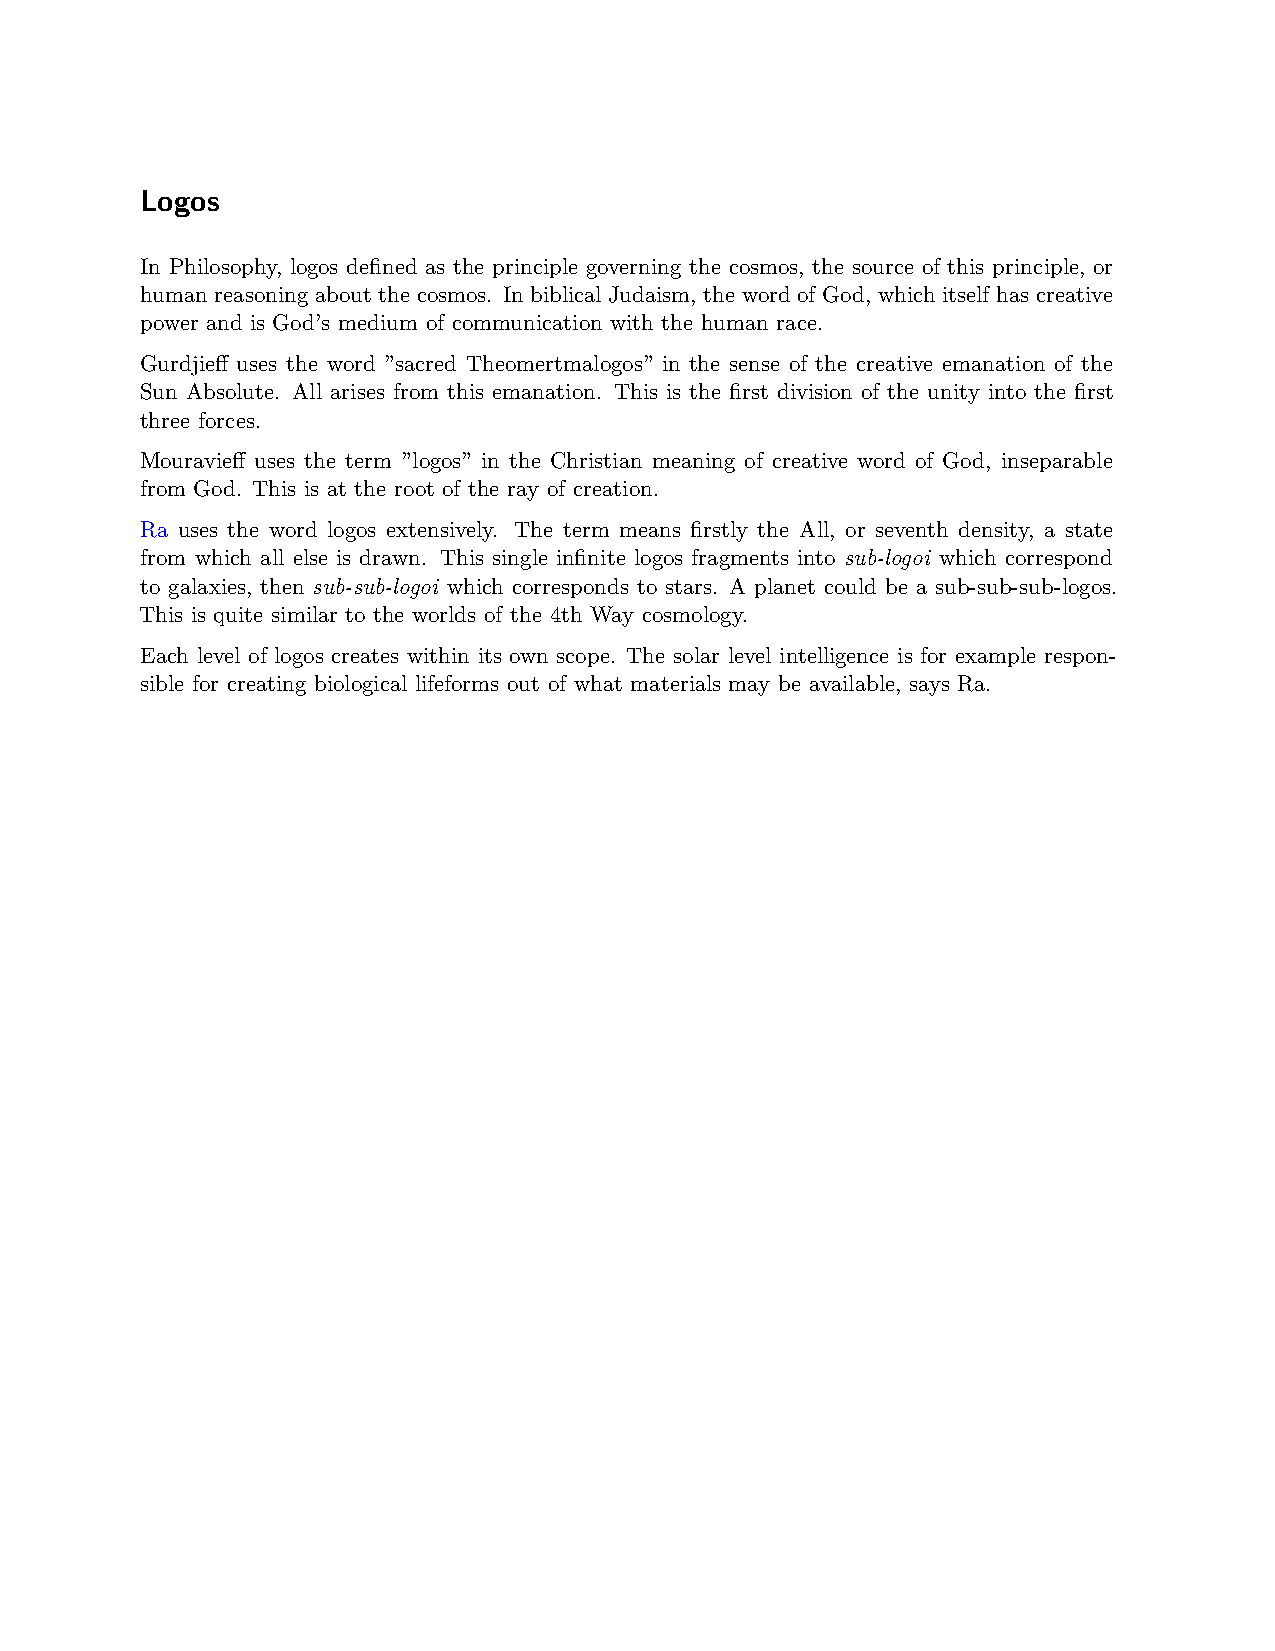
Logos
 In Philosophy, logos defined as the principle governing the cosmos, the source of this principle, or
 human reasoning about the cosmos. In biblical Judaism, the word of God, which itself has creative
 power and is God’s medium of communication with the human race.
 Gurdjieff uses the word ”sacred Theomertmalogos” in the sense of the creative emanation of the
 Sun Absolute. All arises from this emanation. This is the first division of the unity into the first
 three forces.
 Mouravieff uses the term ”logos” in the Christian meaning of creative word of God, inseparable
 from God. This is at the root of the ray of creation.
 Ra uses the word logos extensively. The term means firstly the All, or seventh density, a state
 from which all else is drawn. This single infinite logos fragments into sub-logoi which correspond
 to galaxies, then sub-sub-logoi which corresponds to stars. A planet could be a sub-sub-sub-logos.
 This is quite similar to the worlds of the 4th Way cosmology.
 Each level of logos creates within its own scope. The solar level intelligence is for example respon-
 sible for creating biological lifeforms out of what materials may be available, says Ra.